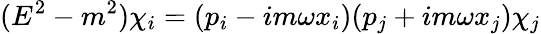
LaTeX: (E^{2}-m^{2})\chi_{i}=(p_{i}-im\omega x_{i})(p_{j}+im\omega x_{j})\chi_{j}